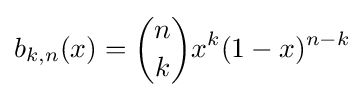
b_{k,n}(x)={n \choose k}x^{k}(1-x)^{n-k}